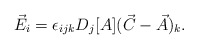
\begin{align*}\vec{E}_{i}=\epsilon_{ijk}D_{j}[A](\vec{C}-\vec{A})_{k} .\end{align*}